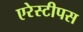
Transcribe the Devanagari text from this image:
एरेस्टीपस